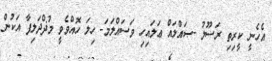
އެހެނީ ކީރިތި ރަސޫލު -ޞައްލައް ޢަލައިހި ވަސައްލަމަ- ހިލަ ހޮއްވެވީ މުޛްދަލިފާ އަކުން